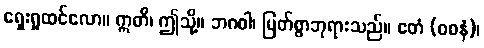
ရှေးရှုထင်လော။ ဣတိ၊ ဤသို့။ ဘဂဝါ၊ မြတ်စွာဘုရားသည်။ ဧတံ (ဝစနံ)၊